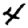
Digit: 4